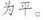
为平。